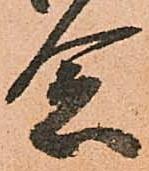
念